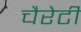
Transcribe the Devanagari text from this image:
चैरेटी